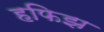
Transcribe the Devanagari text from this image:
हफिझ